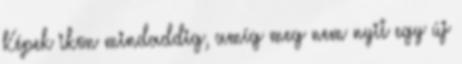
Képek ikon mindaddig, amíg meg nem nyit egy új